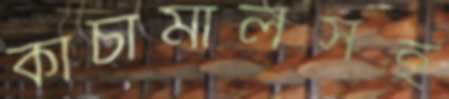
কাঁচামালসহ